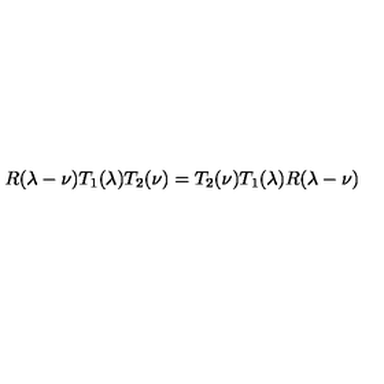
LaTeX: R ( \lambda - \nu ) T _ { 1 } ( \lambda ) T _ { 2 } ( \nu ) = T _ { 2 } ( \nu ) T _ { 1 } ( \lambda ) R ( \lambda - \nu )